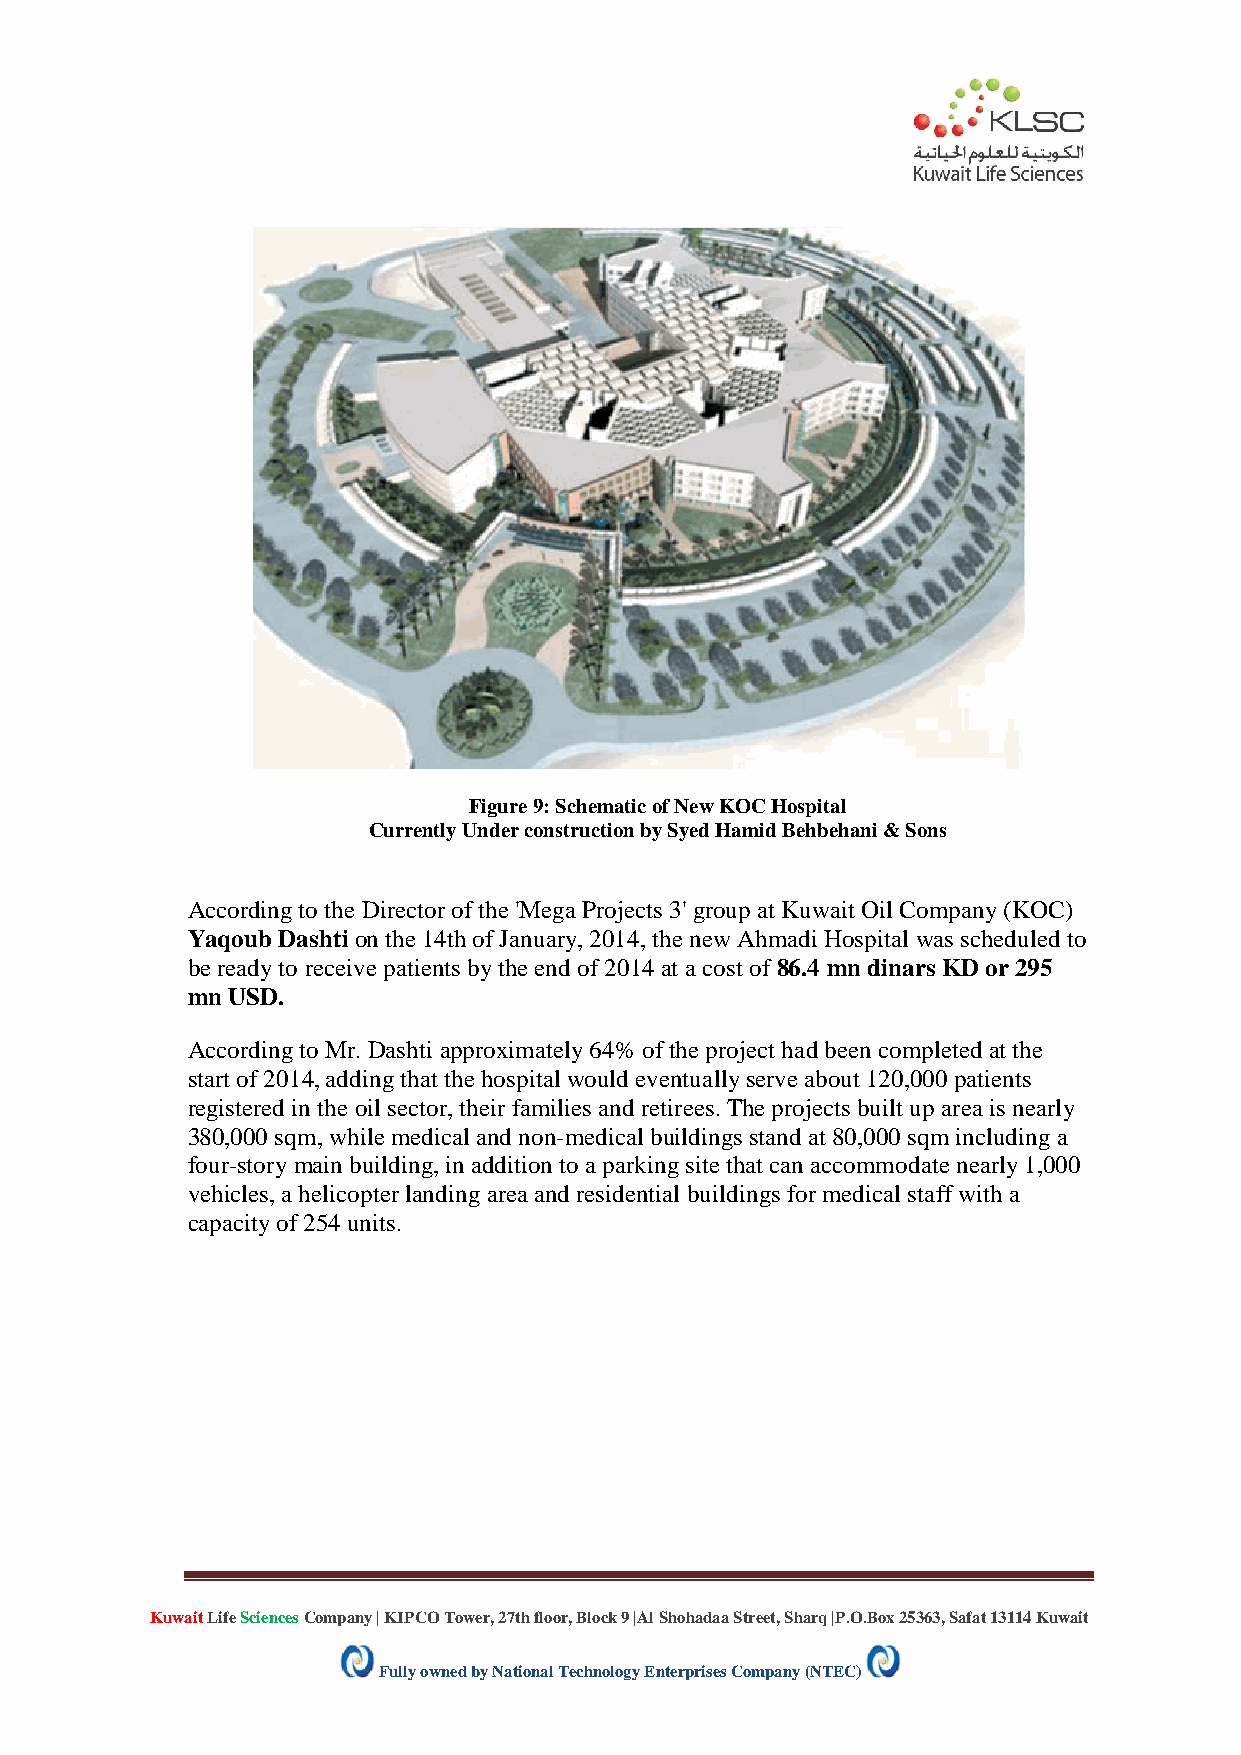
Figure 9: Schematic of New KOC Hospital
 Currently Under construction by Syed Hamid Behbehani & Sons
 According to the Director of the 'Mega Projects 3' group at Kuwait Oil Company (KOC)
 Yaqoub Dashti on the 14th of January, 2014, the new Ahmadi Hospital was scheduled to
 be ready to receive patients by the end of 2014 at a cost of 86.4 mn dinars KD or 295
 mn USD.
 According to Mr. Dashti approximately 64% of the project had been completed at the
 start of 2014, adding that the hospital would eventually serve about 120,000 patients
 registered in the oil sector, their families and retirees. The projects built up area is nearly
 380,000 sqm, while medical and non-medical buildings stand at 80,000 sqm including a
 four-story main building, in addition to a parking site that can accommodate nearly 1,000
 vehicles, a helicopter landing area and residential buildings for medical staff with a
 capacity of 254 units.
 Kuwait Life Sciences Company | KIPCO Tower, 27th floor, Block 9 |Al Shohadaa Street, Sharq |P.O.Box 25363, Safat 13114 Kuwait
 Fully owned by National Technology Enterprises Company (NTEC)